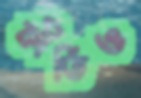
কীর্তিও